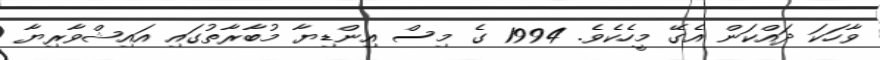
ވާހަކަ ދައްކަން އެގޭ މީހެކެވެ. 1994 ގެ މިސް އިންޑިޔާ މުބާރާތުގައި އައިޝްވާރިޔާ